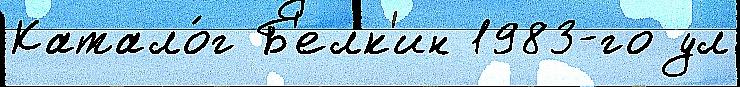
Катало́г Б'елк'ин 1983-го ул